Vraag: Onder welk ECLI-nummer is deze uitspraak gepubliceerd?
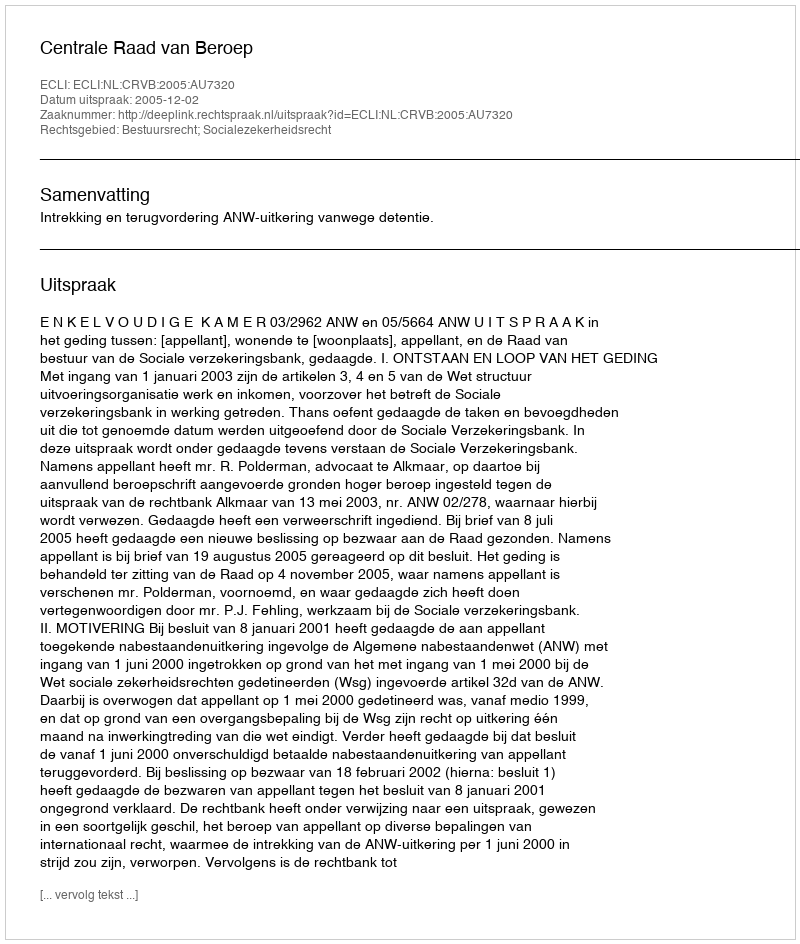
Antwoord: ECLI:NL:CRVB:2005:AU7320